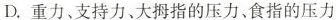
D. 重力、支持力、大拇指的压力、食指的压力